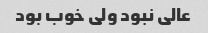
عالی نبود ولی خوب بود